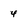
Character: 4